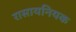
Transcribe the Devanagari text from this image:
रासायनियक